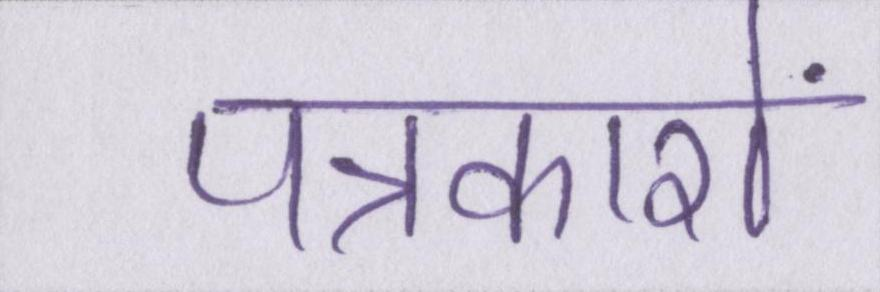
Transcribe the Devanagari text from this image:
पत्रकारों